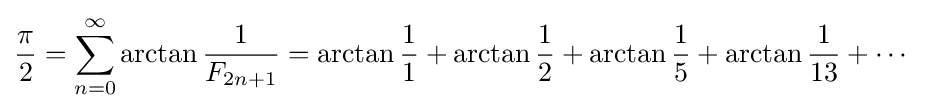
{\frac {\pi }{2}}=\sum _{n=0}^{\infty }\arctan {\frac {1}{F_{2n+1}}}=\arctan {\frac {1}{1}}+\arctan {\frac {1}{2}}+\arctan {\frac {1}{5}}+\arctan {\frac {1}{13}}+\cdots